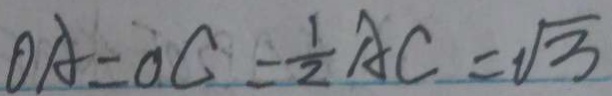
O A = O C = \frac { 1 } { 2 } A C = \sqrt { 3 }